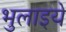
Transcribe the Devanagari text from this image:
भुलाइये